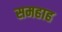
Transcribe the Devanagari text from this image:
समहाह